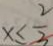
x \leq \frac { 2 } { 3 }